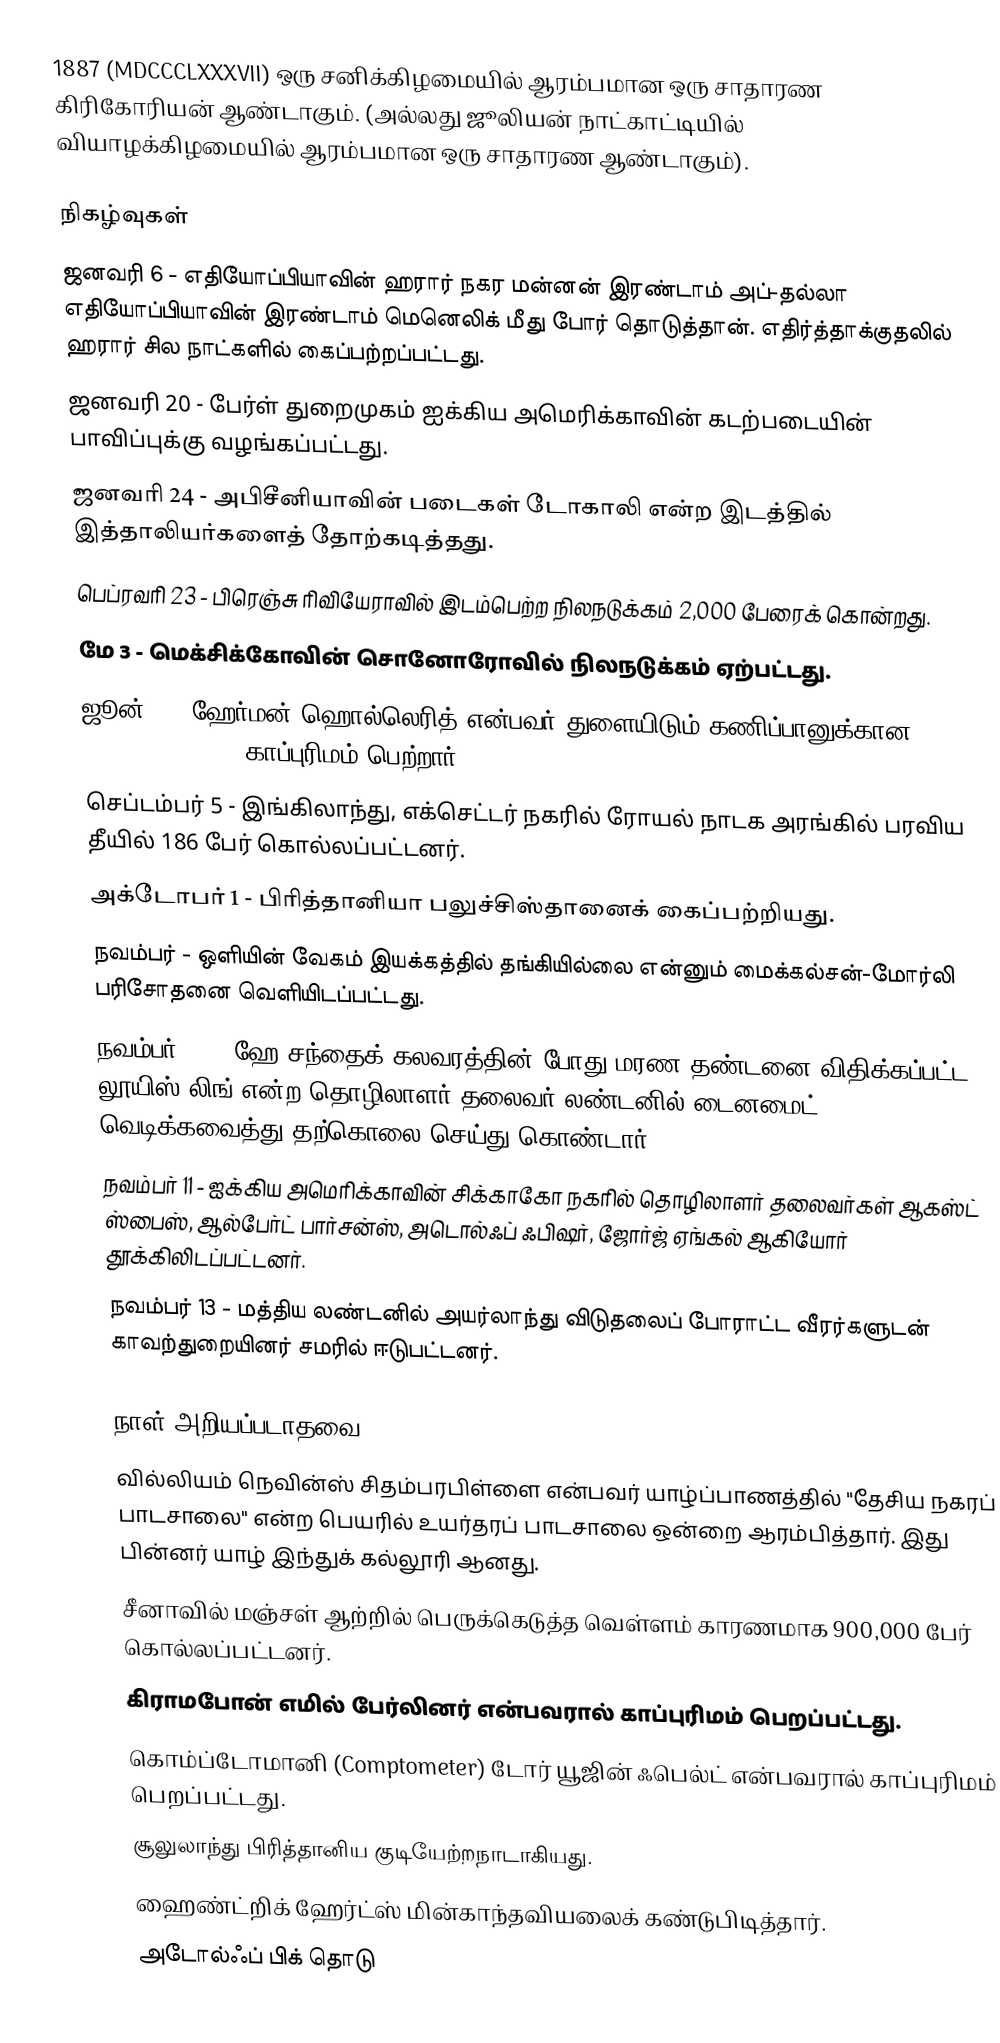
1887  (MDCCCLXXXVII) ஒரு சனிக்கிழமையில் ஆரம்பமான ஒரு சாதாரண கிரிகோரியன் ஆண்டாகும். (அல்லது ஜூலியன் நாட்காட்டியில் வியாழக்கிழமையில் ஆரம்பமான ஒரு சாதாரண ஆண்டாகும்).

நிகழ்வுகள்
 ஜனவரி 6 - எதியோப்பியாவின் ஹரார் நகர மன்னன் இரண்டாம் அப்-தல்லா எதியோப்பியாவின் இரண்டாம் மெனெலிக் மீது போர் தொடுத்தான். எதிர்த்தாக்குதலில் ஹரார் சில நாட்களில் கைப்பற்றப்பட்டது.
 ஜனவரி 20 - பேர்ள் துறைமுகம் ஐக்கிய அமெரிக்காவின் கடற்படையின் பாவிப்புக்கு வழங்கப்பட்டது.
 ஜனவரி 24 - அபிசீனியாவின் படைகள் டோகாலி என்ற இடத்தில் இத்தாலியர்களைத் தோற்கடித்தது.
 பெப்ரவரி 23 - பிரெஞ்சு ரிவியேராவில் இடம்பெற்ற நிலநடுக்கம் 2,000 பேரைக் கொன்றது.
 மே 3 - மெக்சிக்கோவின் சொனோரோவில் நிலநடுக்கம் ஏற்பட்டது.
 ஜூன் 8 - ஹேர்மன் ஹொல்லெரித் என்பவர் துளையிடும் கணிப்பானுக்கான (punch card calculator) காப்புரிமம் பெற்றார்.
 செப்டம்பர் 5 - இங்கிலாந்து, எக்செட்டர் நகரில் ரோயல் நாடக அரங்கில் பரவிய தீயில் 186 பேர் கொல்லப்பட்டனர்.
 அக்டோபர் 1 - பிரித்தானியா பலுச்சிஸ்தானைக் கைப்பற்றியது.
 நவம்பர் - ஒளியின் வேகம் இயக்கத்தில் தங்கியில்லை என்னும் மைக்கல்சன்-மோர்லி பரிசோதனை வெளியிடப்பட்டது.
 நவம்பர் 10 - ஹே சந்தைக் கலவரத்தின் போது மரண தண்டனை விதிக்கப்பட்ட லூயிஸ் லிங் என்ற தொழிலாளர் தலைவர் லண்டனில் டைனமைட் வெடிக்கவைத்து தற்கொலை செய்து கொண்டார்.
 நவம்பர் 11 - ஐக்கிய அமெரிக்காவின் சிக்காகோ நகரில் தொழிலாளர் தலைவர்கள் ஆகஸ்ட் ஸ்பைஸ், ஆல்பேர்ட் பார்சன்ஸ், அடொல்ஃப் ஃபிஷர், ஜோர்ஜ் ஏங்கல் ஆகியோர் தூக்கிலிடப்பட்டனர்.
 நவம்பர் 13 - மத்திய லண்டனில் அயர்லாந்து விடுதலைப் போராட்ட வீரர்களுடன் காவற்துறையினர் சமரில் ஈடுபட்டனர்.

நாள் அறியப்படாதவை
 வில்லியம் நெவின்ஸ் சிதம்பரபிள்ளை என்பவர் யாழ்ப்பாணத்தில் "தேசிய நகரப் பாடசாலை" என்ற பெயரில் உயர்தரப் பாடசாலை ஒன்றை ஆரம்பித்தார். இது பின்னர் யாழ் இந்துக் கல்லூரி ஆனது.
 சீனாவில் மஞ்சள் ஆற்றில் பெருக்கெடுத்த வெள்ளம் காரணமாக 900,000 பேர் கொல்லப்பட்டனர்.
 கிராமபோன் எமில் பேர்லினர் என்பவரால் காப்புரிமம் பெறப்பட்டது.
 கொம்ப்டோமானி (Comptometer) டோர் யூஜின் ஃபெல்ட் என்பவரால் காப்புரிமம் பெறப்பட்டது.
 சூலுலாந்து பிரித்தானிய குடியேற்றநாடாகியது.
 ஹைண்ட்றிக் ஹேர்ட்ஸ் மின்காந்தவியலைக் கண்டுபிடித்தார்.
 அடோல்ஃப் பிக் தொடு